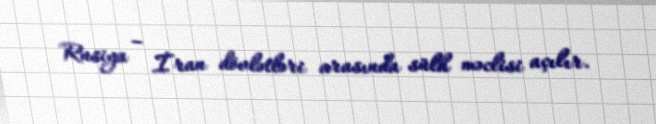
Rusiya – İran dövlətləri arasında sülh məclisi açılır.